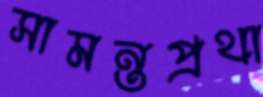
সামন্তপ্রথা